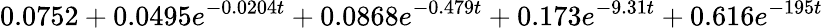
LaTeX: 0.0752+0.0495e^{-0.0204t}+0.0868e^{-0.479t}+0.173e^{-9.31t}+0.616e^{-195t}